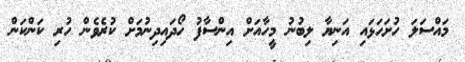
މައްސަލަ ހުށަހަޅައި އަނިޔާ ލިބުނު މީހާއަށް އިންސާފު ހޯދައިދިނުމަށް ކުރެވެން ހުރި ކަންކަން